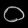
Digit: ၀